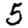
Digit: 5